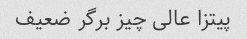
پیتزا عالی چیز برگر ضعیف